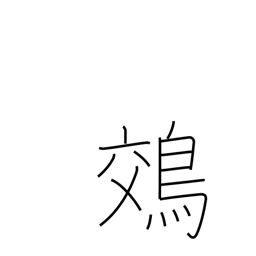
Meaning: night heron